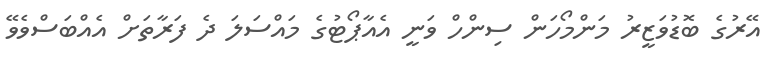
އޭރުގެ ބޮޑުވަޒީރު މަންމޯހަން ސިންހް ވަނީ އެއާޕޯޓުގެ މައްސަލަ ދެ ފަރާތަށް އެއްބަސްވެވޭ